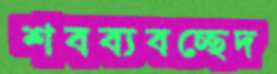
শবব্যবচ্ছেদ